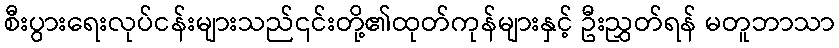
စီးပွားရေးလုပ်ငန်းများသည်၎င်းတို့၏ထုတ်ကုန်များနှင့် ဦးညွှတ်ရန် မတူဘာသာ